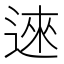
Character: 逨